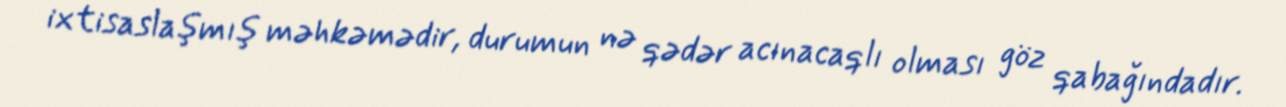
ixtisaslaşmış məhkəmədir, durumun nə qədər acınacaqlı olması göz qabağındadır.